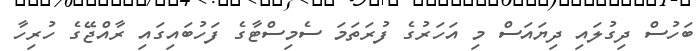
ބަހުސް ދިގުލައި ދިޔައަސް މި އަހަރުގެ ފުރަތަމަ ސެމިސްޓާގެ ފަހުބައިގައި ރާއްޖޭގެ ހުރިހާ